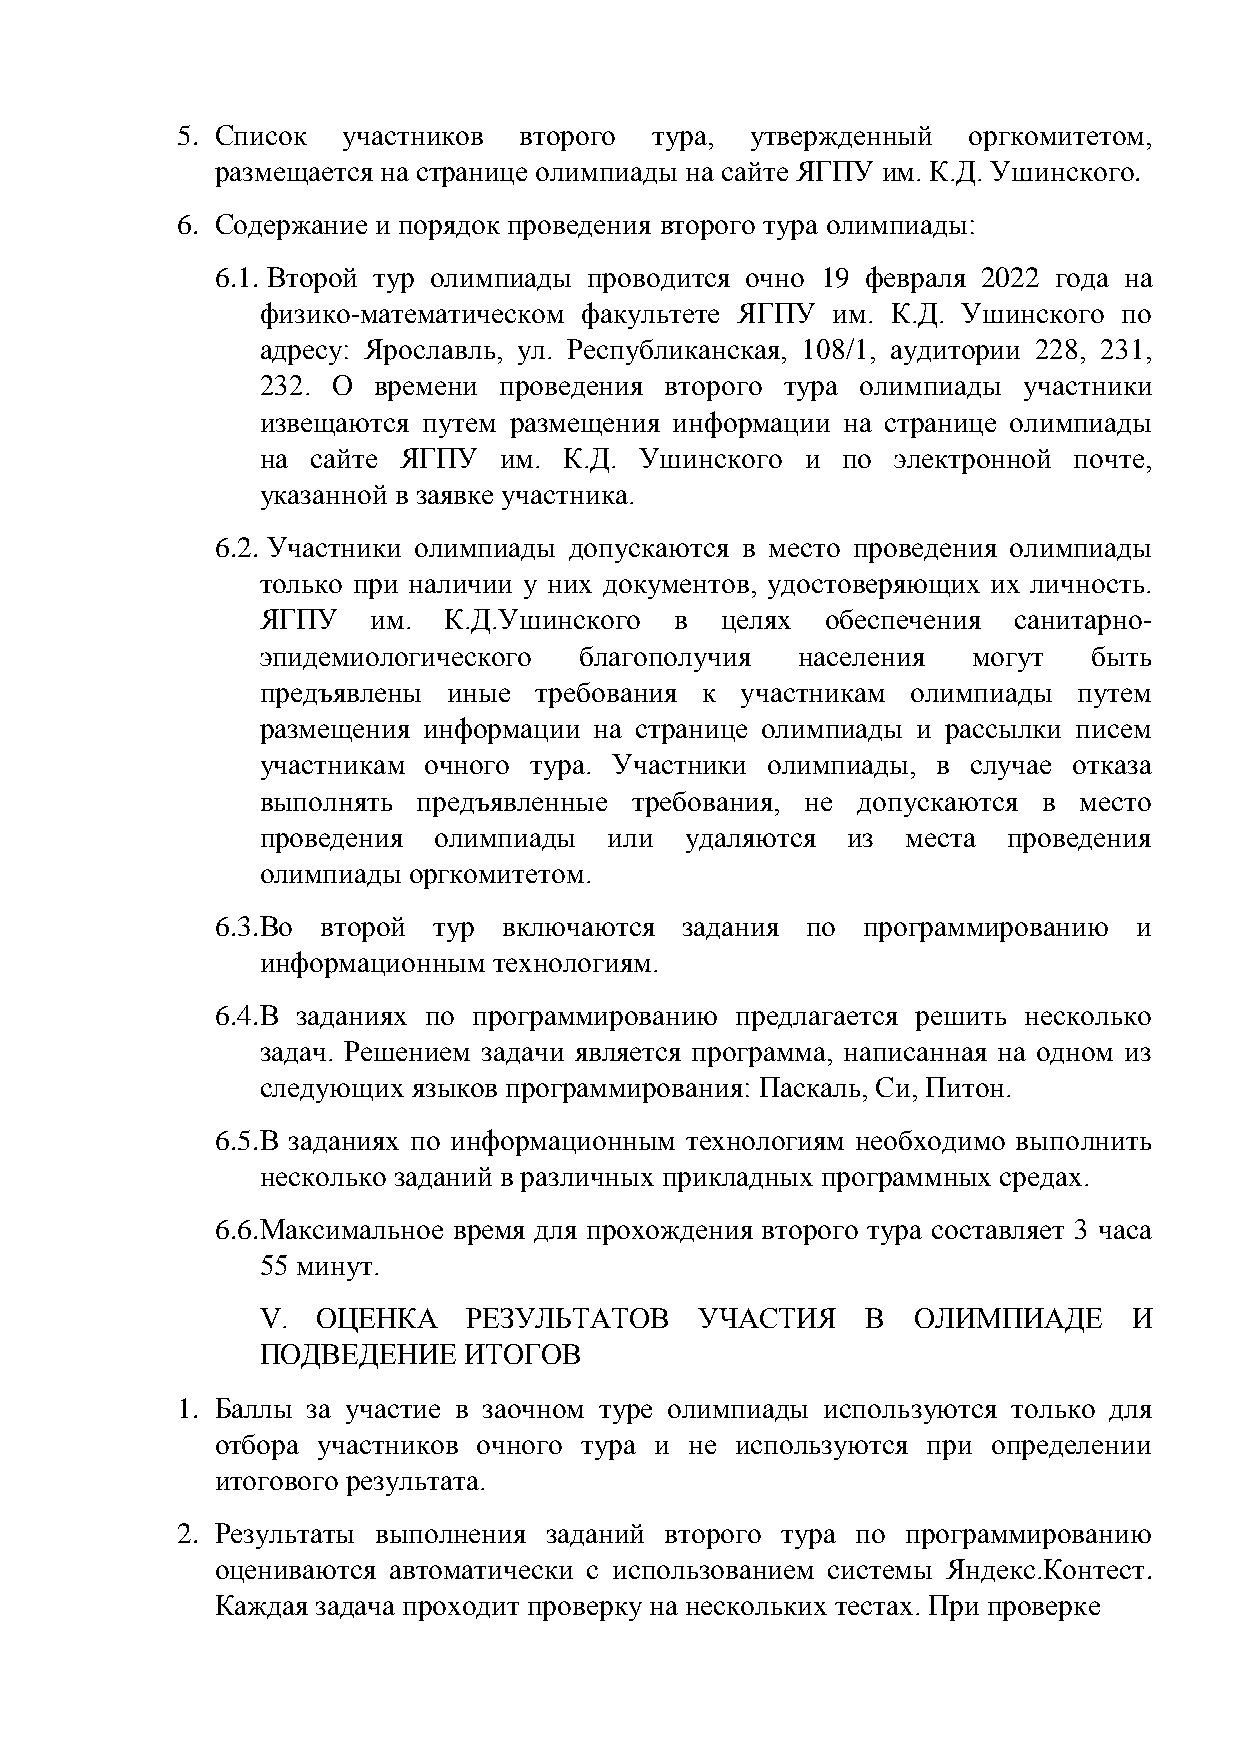
5. Список  участников второго  тура,  утвержденный  оргкомитетом,
 размещается на странице олимпиады на сайте ЯГПУ им. К.Д. Ушинского.
 6. Содержание и порядок проведения второго тура олимпиады:
 6.1. Второй тур олимпиады проводится очно 19 февраля 2022 года на
 физико-математическом факультете ЯГПУ им. К.Д. Ушинского по
 адресу: Ярославль, ул. Республиканская, 108/1, аудитории 228, 231,
 232. О  времени проведения второго тура олимпиады  участники
 извещаются путем размещения информации на странице олимпиады
 на  сайте ЯГПУ  им. К.Д. Ушинского  и  по электронной почте,
 указанной в заявке участника.
 6.2. Участники олимпиады допускаются в место проведения олимпиады
 только при наличии у них документов, удостоверяющих их личность.
 ЯГПУ    им. К.Д.Ушинского   в  целях  обеспечения санитарно-
 эпидемиологического  благополучия   населения  могут   быть
 предъявлены  иные требования к  участникам олимпиады  путем
 размещения информации на странице олимпиады и рассылки писем
 участникам очного тура. Участники олимпиады, в случае отказа
 выполнять  предъявленные требования, не допускаются в место
 проведения  олимпиады  или  удаляются  из  места  проведения
 олимпиады оргкомитетом.
 6.3. Во второй тур включаются  задания по  программированию  и
 информационным  технологиям.
 6.4. В заданиях по программированию предлагается решить несколько
 задач. Решением задачи является программа, написанная на одном из
 следующих языков программирования: Паскаль, Си, Питон.
 6.5. В заданиях по информационным технологиям необходимо выполнить
 несколько заданий в различных прикладных программных средах.
 6.6. Максимальное время для прохождения второго тура составляет 3 часа
 55 минут.
 V.  ОЦЕНКА    РЕЗУЛЬТАТОВ    УЧАСТИЯ    В  ОЛИМПИАДЕ      И
 ПОДВЕДЕНИЕ    ИТОГОВ
 1. Баллы за участие в заочном туре олимпиады используются только для
 отбора участников очного тура и не используются при определении
 итогового результата.
 2. Результаты выполнения заданий второго тура по программированию
 оцениваются автоматически с использованием системы Яндекс.Контест.
 Каждая задача проходит проверку на нескольких тестах. При проверке